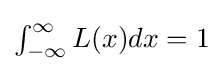
{\textstyle \int _{-\infty }^{\infty }L(x)dx=1}